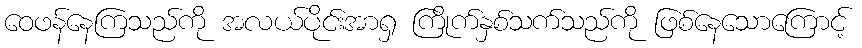
ဝေဖန်နေကြသည်ကို အလယ်ပိုင်းအာရှ ကြိုက်နှစ်သက်သည်ကို ဖြစ်နေသောကြောင့်